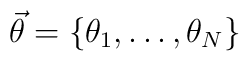
\vec{\theta }=\{\theta _{1},\ldots ,\theta _{N}\}